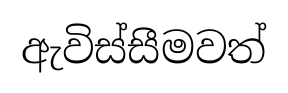
ඇවිස්සීමවත්